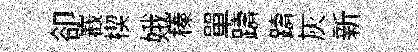
卻嶻楔娥榛單躊躊灰新